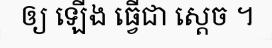
ឲ្យ ឡើង ធ្វើជា ស្តេច ។